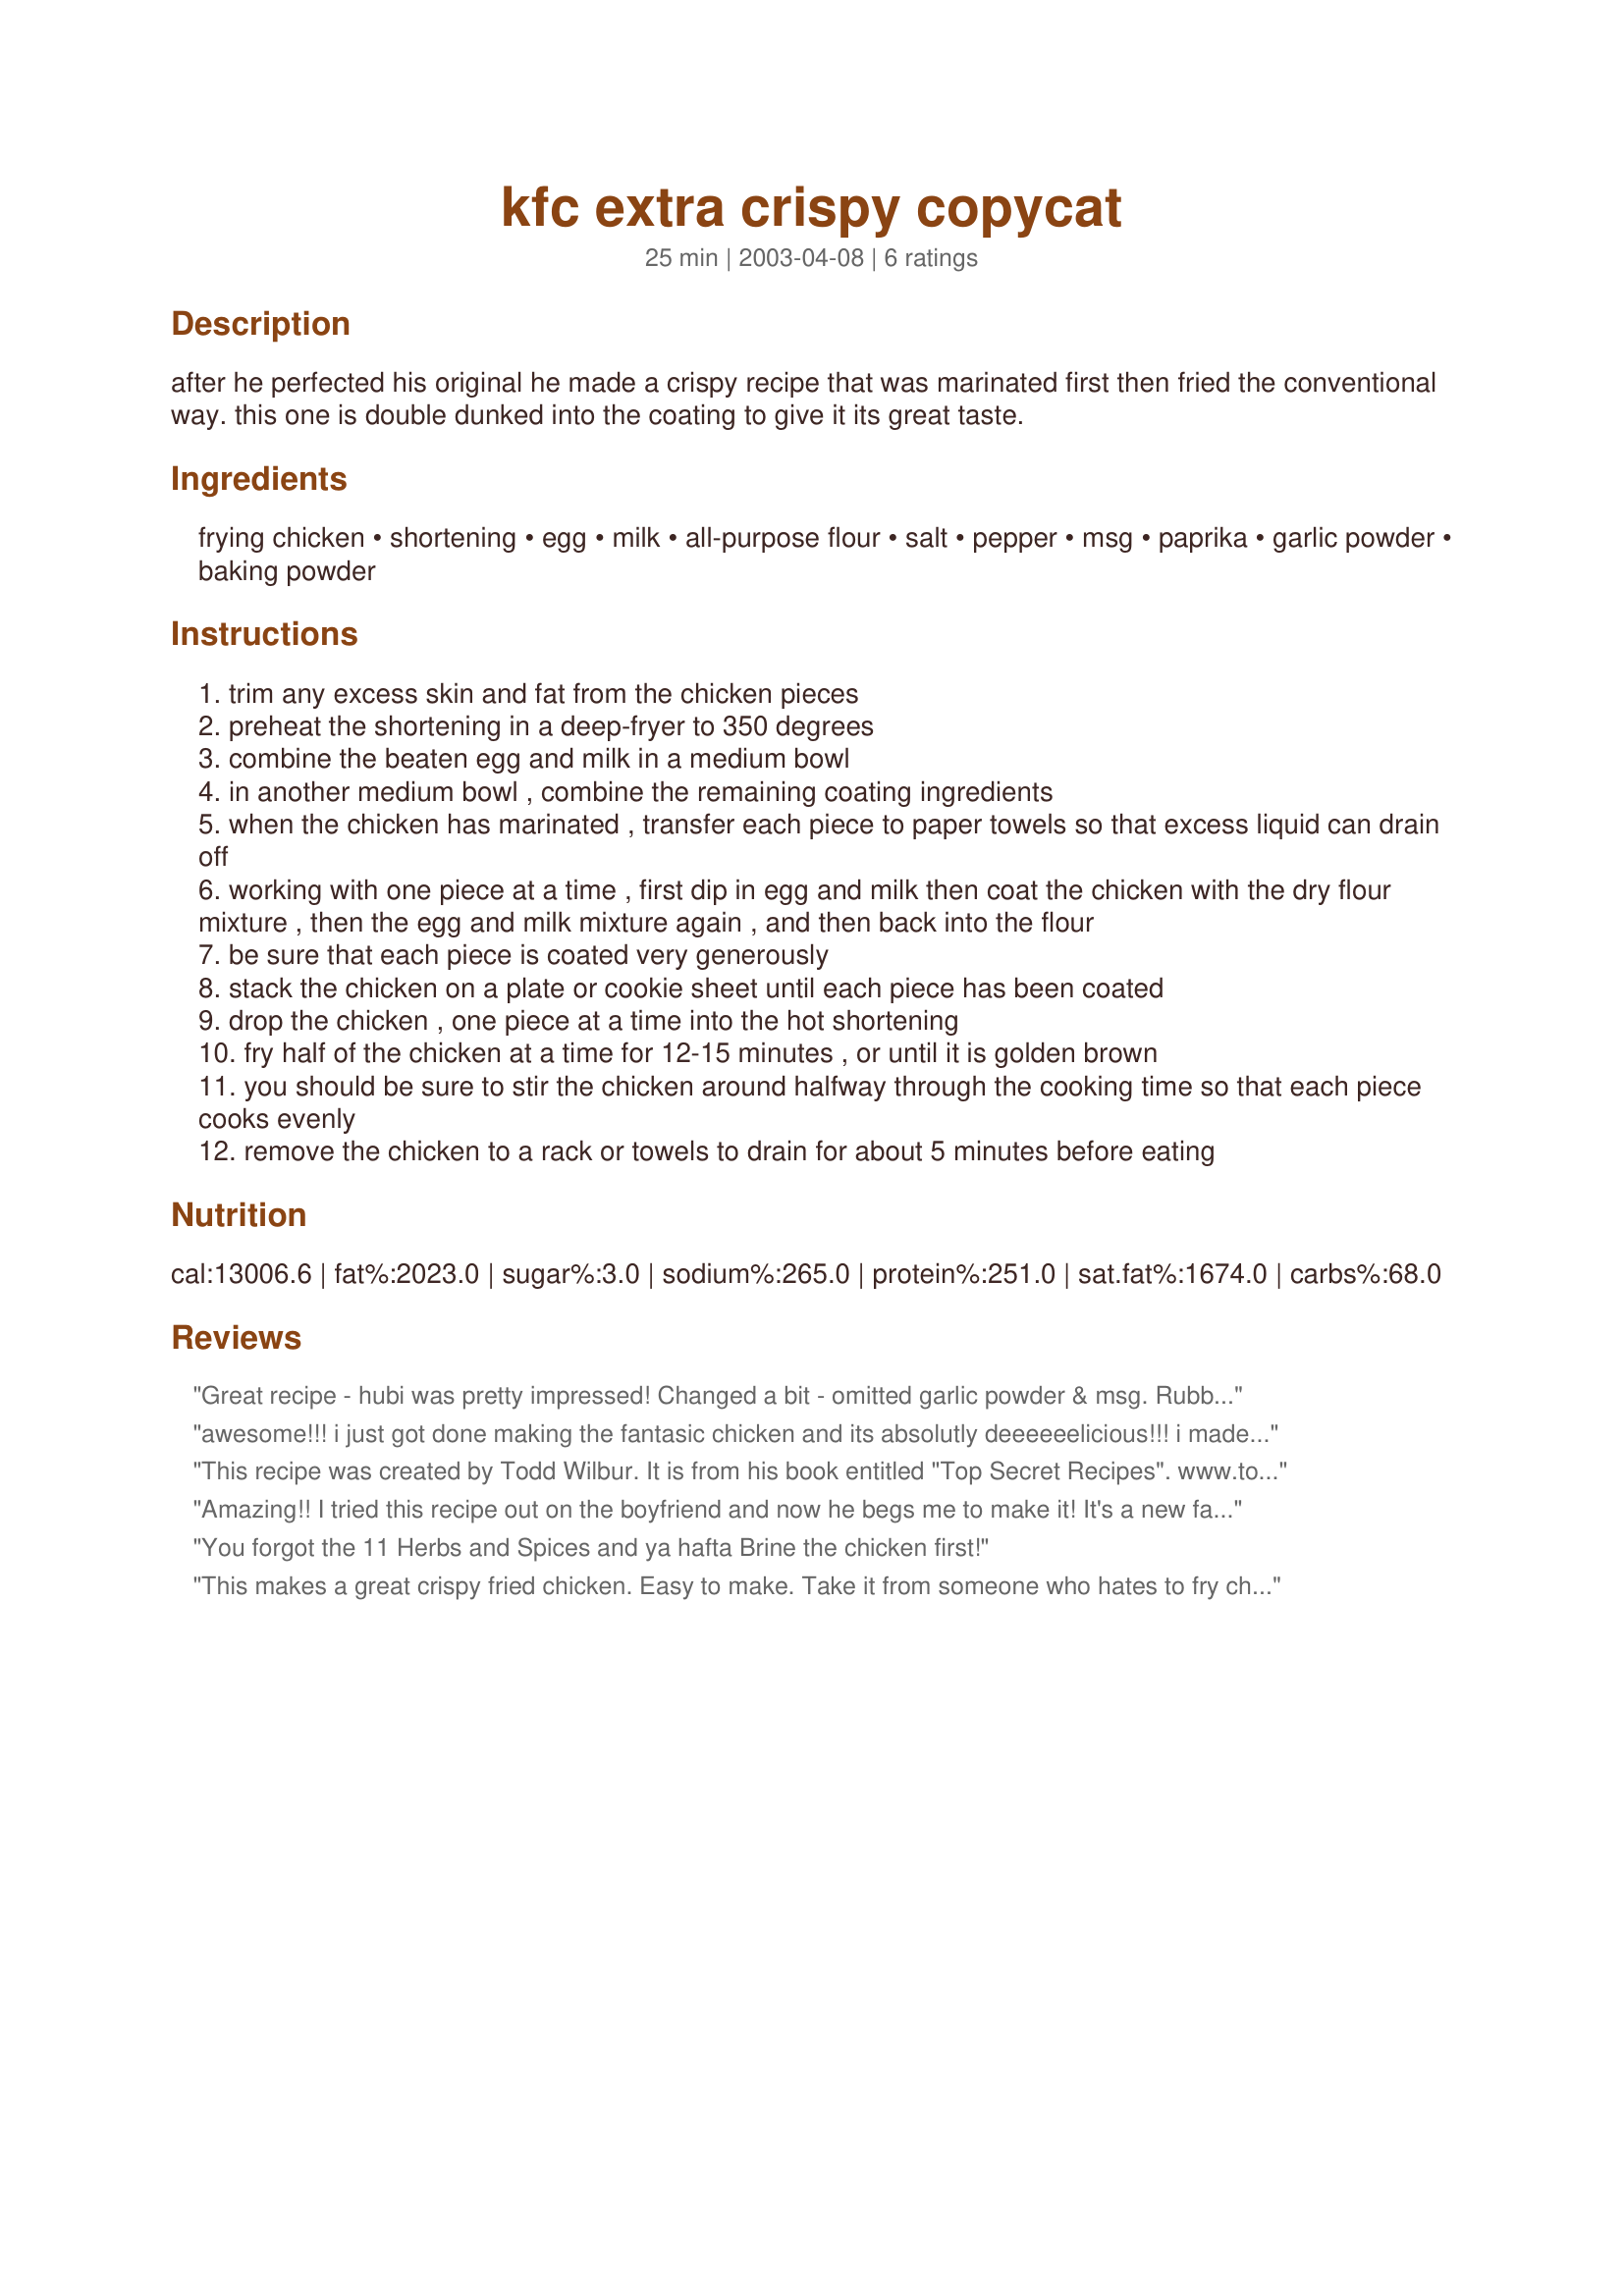
kfc extra crispy copycat
Preparation time: 25 minutes

after he perfected his original he made a crispy recipe that was marinated first then fried the conventional way. this one is double dunked into the coating to give it its great taste.

Ingredients:
frying chicken, shortening, egg, milk, all-purpose flour, salt, pepper, msg, paprika, garlic powder, baking powder

Steps:
trim any excess skin and fat from the chicken pieces
preheat the shortening in a deep-fryer to 350 degrees
combine the beaten egg and milk in a medium bowl
in another medium bowl , combine the remaining coating ingredients
when the chicken has marinated , transfer each piece to paper towels so that excess liquid can drain off
working with one piece at a time , first dip in egg and milk then coat the chicken with the dry flour mixture , then the egg and milk mixture again , and then back into the flour
be sure that each piece is coated very generously
stack the chicken on a plate or cookie sheet until each piece has been coated
drop the chicken , one piece at a time into the hot shortening
fry half of the chicken at a time for 12-15 minutes , or until it is golden brown
you should be sure to stir the chicken around halfway through the cooking time so that each piece cooks evenly
remove the chicken to a rack or towels to drain for about 5 minutes before eating

Reviews:
Great recipe - hubi was pretty impressed! Changed a bit - omitted garlic powder & msg. Rubbed chicken with crushed garlic, chilli & lemon juice before dipping in egg & flour. Added some sesame seeds to flour mix as well as some lemon pepper & instead of frying I gave them a squirt of oil & baked for 40mins at 200deg cel. They were awesome! Proli not quite as healthy as they could've been if I'd removed the chicken skin but you get that!! Thanks for posting :)
awesome!!!
i just got done making the fantasic chicken and its absolutly deeeeeelicious!!!
i made strips out of chicken breast and used french herb rub instead of msg cause i dont know were to get the stuff,but all in all this is really "finger licken' good"!!
This recipe was created by Todd Wilbur. It is from his book entitled "Top Secret Recipes". www.topsecretrecipes.com
Amazing!! I tried this recipe out on the boyfriend and now he begs me to make it! It's a new family favorite. <br/><br/>I have tried this both with and without the marinade, and it makes a significant difference. Delicious either way, but I'd highly recommend going the extra mile and following both recipes. Thanks for posting!!
You forgot the 11 Herbs and Spices and ya hafta Brine the chicken first!
This makes a great crispy fried chicken. Easy to make. Take it from someone who hates to fry chicken.
